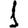
Digit: 1